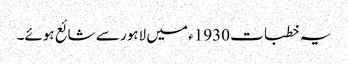
یہ خطبات 1930ء میں لاہور سے شائع ہوئے۔